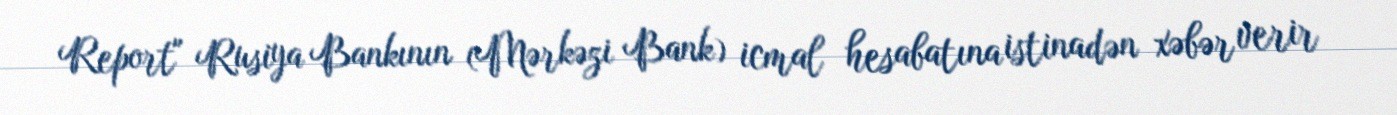
Report" Rusiya Bankının (Mərkəzi Bank) icmal hesabatına istinadən xəbər verir